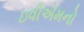
ઇવીએમનો